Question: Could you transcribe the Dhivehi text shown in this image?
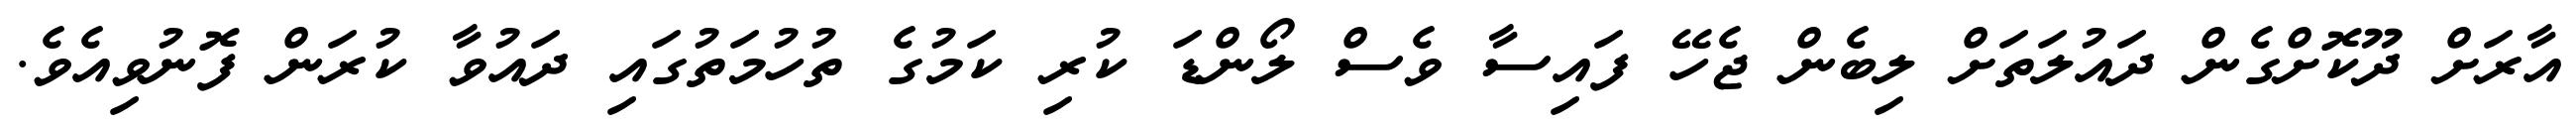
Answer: އާރަށް ދޫކޮށްގެން ދައުލަތަށް ލިބެން ޖެހޭ ފައިސާ ވެސް ލޯންޑަ ކުރި ކަމުގެ ތުހުމަތުގައި ދައުވާ ކުރަން ފޮނުވިއެވެ.